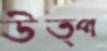
উত্প